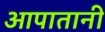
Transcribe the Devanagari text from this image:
आपातानी